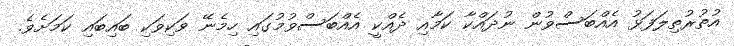
އުތުރުތިލަފަޅު އެއްބަސްވުން ނުދައްކާ ކަމާއި ދެއްކީ އެއްބަސްވުމުގައި ހިމެނޭ ވަކިވަކި ބައިބައި ކަމަށެވެ.